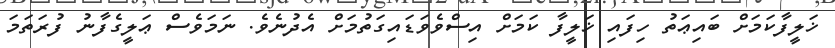
ޚަލީފާކަމަށް ބައިޢަތު ހިފައި ޚަލީފާ ކަމަށް އިސްވެވަޑައިގަތުމަށް އެދުނެވެ. ނަމަވެސް ޢަލީގެފާނު ފުރަތަމަ